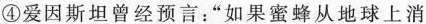
④爱因斯坦曾经预言：”如果蜜蜂从地球上消